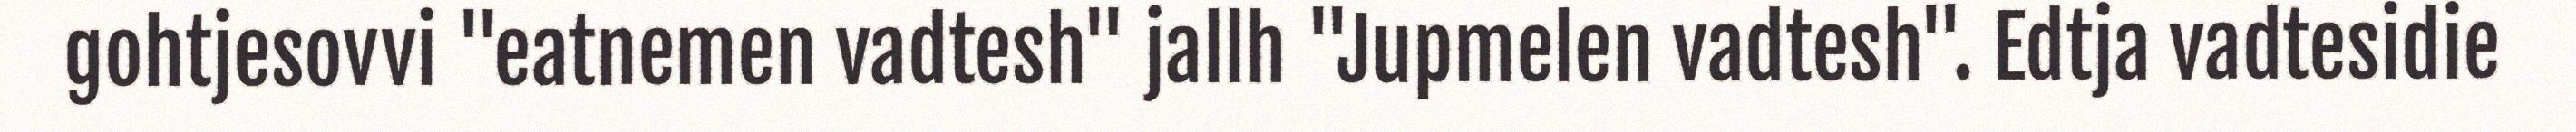
gohtjesovvi "eatnemen vadtesh" jallh "Jupmelen vadtesh". Edtja vadtesidie